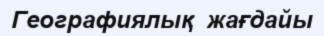
Географиялық  жағдайы